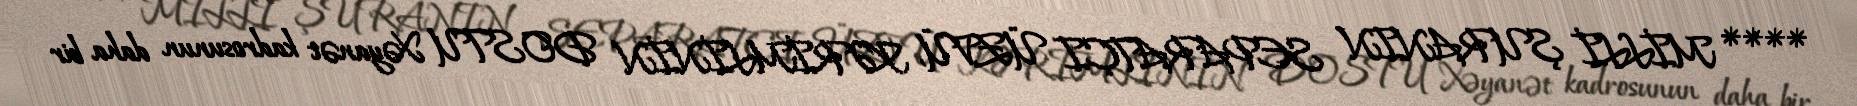
**** MİLLİ ŞURANIN SEPARATÇI ÜZVÜ, KƏRİMLİNİN DOSTU Xəyanət kadrosunun daha bir